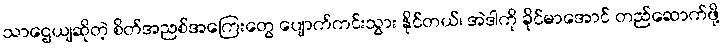
သာဌေယျဆိုတဲ့ စိတ်အညစ်အကြေးတွေ ပျောက်ကင်းသွား နိုင်တယ်၊ အဲဒါကို ခိုင်မာအောင် တည်ဆောက်ဖို့